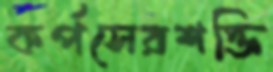
কর্পসেরশক্তি